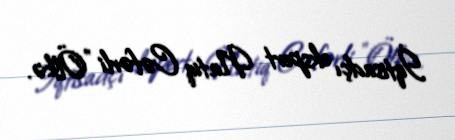
İqtisadçı ekspert Natiq Cəfərli "Ölkə.